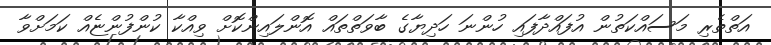
އަތްތެރި މަސައްކަތުން އުފައްދާފައި ހުންނަ ހަދިޔާގެ ބާވަތްތައް އޮންލައިންކޮށް ވިއްކާ ކުންފުންޏެއް ކަމަށްވާ